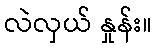
လဲလှယ် နှုန်း။